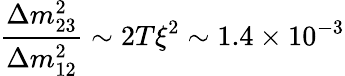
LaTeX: \frac{\Delta m_{23}^{2}}{\Delta m_{12}^{2}}\sim 2T\xi^{2}\sim 1.4\times 10^{-3}